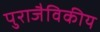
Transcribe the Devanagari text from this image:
पुराजैविकीय